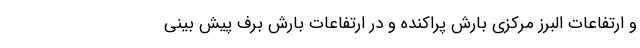
و ارتفاعات البرز مرکزی بارش پراکنده و در ارتفاعات بارش برف پیش بینی